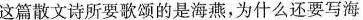
这篇散文诗所要歌颂的是海燕，为什么还要写海